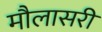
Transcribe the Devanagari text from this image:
मौलासरी